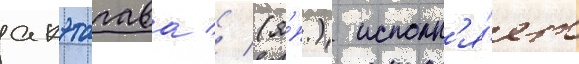
акэтагава // (я́п.) исполн'я́ет